Report on vaccination in the Province of Bengal - 1874-1889
Year: 1874
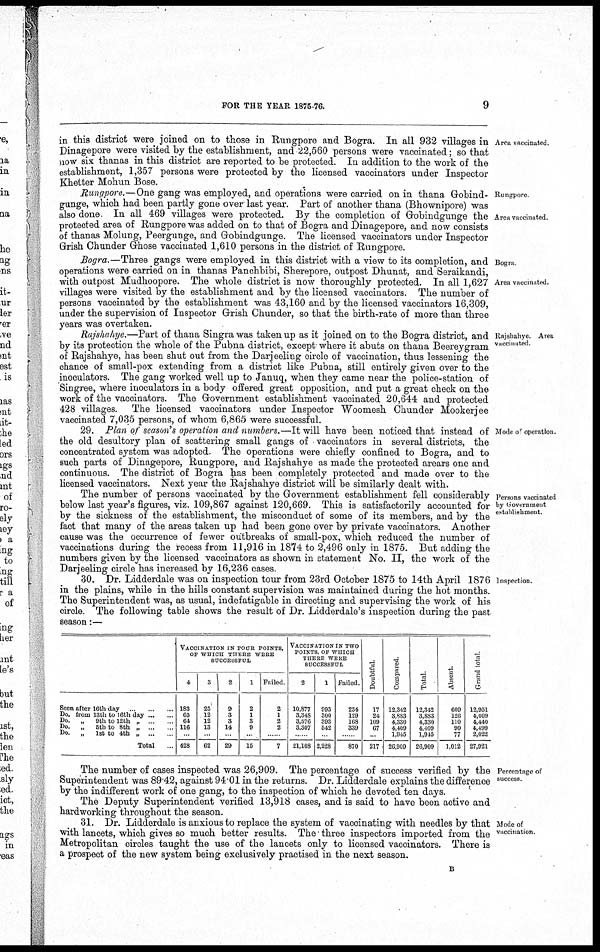
FOR THE YEAR 1875-76.
9
Area vaccinated.
in this district were joined on to those in Rungpore and Bogra. In all 932 villages in
Dinagepore were visited by the establishment, and 22,560 persons were vaccinated; so that
now six thanas in this district are reported to be protected. In addition to the work of the
establishment, 1,357 persons were protected by the licensed vaccinators under Inspector
Khetter Mohun Bose.
Rungpore
Area vaccinated.
Rungpore.—One gang was employed, and operations were carried on in thana Gobind-
gunge, which had been partly gone over last year. Part of another thana (Bhownipore) was
also done In all 469 villages were protected. By the completion of Gobindgunge the
protected area of Rungpore was added on to that of Bogra and Dinagepore, and now consists
of thanas Molung, Peergunge, and Gobindgunge. The licensed vaccinators under Inspector
Grish Chunder Ghose vaccinated 1,610 persons in the district of Rungpore.
Bogra
Area vaccinated.
Bogra.—Three gangs were employed in this district with a view to its completion, and
operations were carried on in thanas Panchbibi, Sherepore, outpost Dhunat, and Seraikandi,
with outpost Mudhoopore. The whole district is now thoroughly protected. In all 1,627
villages were visited by the establishment and by the licensed vaccinators. The number of
persons vaccinated by the establishment was 43,160 and by the licensed vaccinators 16,309,
under the supervision of Inspector Grish Chunder, so that the birth-rate of more than three
years was overtaken.
Rajshahye Area
vaccinated.
Rajshahye.—Part of thana Singra was taken up as it joined on to the Bogra district, and
by its protection the whole of the Pubna district, except where it abuts on thana Beereygram
of Rajshahye, has been shut out from the Darjeeling circle of vaccination, thus lessening the
chance of small-pox extending from a district like Pubna, still entirely given over to the
inoculators. The gang worked well up to Januq, when they came near the police-station of
Singree, where inoculators in a body offered great opposition, and put a great check on the
work of the vaccinators. The Government establishment vaccinated 20,644 and protected
428 villages. The licensed vaccinators under Inspector Woomesh Chunder Mookerjee
vaccinated 7,035 persons, of whom 6,865 were successful.
Mode of operation.
29. Plan of season's operation and numbers.—It will have been noticed that instead of
the old desultory plan of scattering small gangs of vaccinators in several districts, the
concentrated system was adopted. The operations were chiefly confined to Bogra, and to
such parts of Dinagepore, Rungpore, and Rajshahye as made the protected arears one and
continuous. The district of Bogra has been completely protected and made over to the
licensed vaccinators. Next year the Rajshahye district will be similarly dealt with.
Persons vaccinated
by Government
establishment
The number of persons vaccinated by the Government establishment fell considerably
below last year's figures, viz. 109,867 against 120,669. This is satisfactorily accounted for
by the sickness of the establishment, the misconduct of some of its members, and by the
fact that many of the areas taken up had been gone over by private vaccinators. Another
cause was the occurrence of fewer outbreaks of small-pox, which reduced the number of
vaccinations during the recess from 11,916 in 1874 to 2,496 only in 1875. But adding the
numbers given by the licensed vaccinators as shown in statement No. II, the work of the
Darjeeling circle has increased by 16,236 cases.
Inspection.
30. Dr. Lidderdale was on inspection tour from 23rd October 1875 to 14th April 1876
in the plains, while in the hills constant supervision was maintained during the hot months.
The Superintendent was, as usual, indefatigable in directing and supervising the work of his
circle. The following table shows the result of Dr. Lidderdale's inspection during the past
season:—
Seen after 16th day
... ... ...
Do. from 13th to 16th
day...
...
Do.
„
9th to 12th „ ... ...
Do.
„
5th to 8th „ ... ...
Do.
„
1st to 4th „ ... ...
Total ...
VACCINATION IN FOUR POINTS,
OF WHICH THERE
WERE
SUCCESSFUL
4
183
65
64
116
...
428
3
25
12
12
13
...
62
2
9
3
3
14
...
29
1
2
1
3
9
...
15
Failed
2
1
2
2
......
7
VACCINATION IN TWO
POINTS, OF WHICH
THERE WERE
SUCCESSFUL
2
10,877
3,348
3,576
3,307
......
21,108
1
993
300
393
542
...
2,228
Failed.
234
129
168
339
......
870
Doubtful.
17
24
109
67
...
217
Compared
12,342
3,883
4,330
4,409
1,945
26,909
Total.
12,342
3,883
4,330
4,409
1,945
26,909
Absent.
609
126
110
90
77
1,012
Grand Total
12,951
4,009
4,440
4,499
2,022
27,921
Percentage of
success
The number of cases inspected was 26,909. The percentage of success verified by the
Superintendent was 89.42, against 94.01 in the returns. Dr. Lidderdale explains the difference
by the indifferent work of one gang, to the inspection of which he devoted ten days.
The Deputy Superintendent verified 13,918 cases, and is said to have been active and
hardworking throughout the season.
Mode of
vaccination.
31. Dr. Lidderdale is anxious to replace the system of vaccinating with needles by that
with lancets, which gives so much better results. The three inspectors imported from the
Metropolitan circles taught the use of the lancets only to licensed vaccinators. There is
a prospect of the new system being exclusively practised in the next season.
B